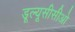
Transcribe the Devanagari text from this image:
डूल्यूसीसीओ